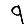
Digit: 9